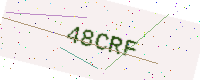
Text: 48CRF